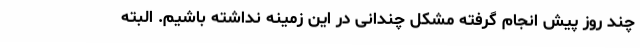
چند روز پیش انجام گرفته مشکل چندانی در این زمینه نداشته باشیم. البته